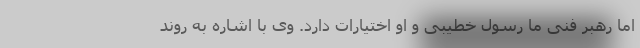
اما رهبر فنی ما رسول خطیبی و او اختیارات دارد. وی با اشاره به روند